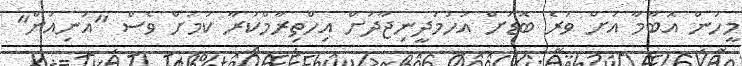
މީހުން އޮބާމާ އަށް ވުރެ ބޮޑަށް އަހުމަދީނިޖާދަށް އިހްތިރާމްކުރާ ކަމަށް ވެސް "އަނިއަން"